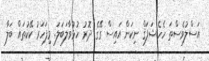
އަސްލުވެސްތަ ހެހެ.ޝަފަޤް ނިކަން އައިސް ގޭގެ ދޮރު ހުޅުވާލަބަލަ. މިފަހަރު ކޭކުތައް ބަލާ